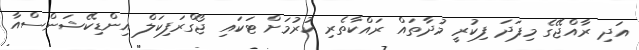
އަދި ރާއްޖޭގެ މިފަދަ ފިކުރީ މުދާތައް ރައްކާތެރި ކުރުމަށް ޓަކައި ޖޯގްރަފިކަލް އިންޑިކޭޝަންސްއާ